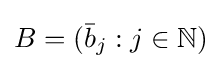
B=({\bar {b}}_{j}:j\in \mathbb {N} )